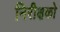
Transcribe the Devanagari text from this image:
निरीक्षको